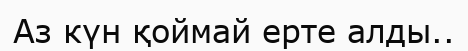
Аз күн қоймай ерте алды..